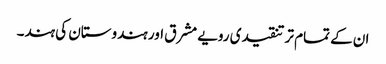
ان کے تمام تر تنقیدی رویے مشرق اور ہندوستان کی ہند۔